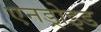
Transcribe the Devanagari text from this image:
एनड्रोइड